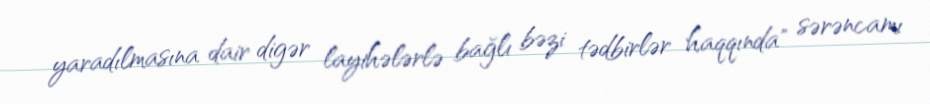
yaradılmasına dair digər layihələrlə bağlı bəzi tədbirlər haqqında" sərəncamı